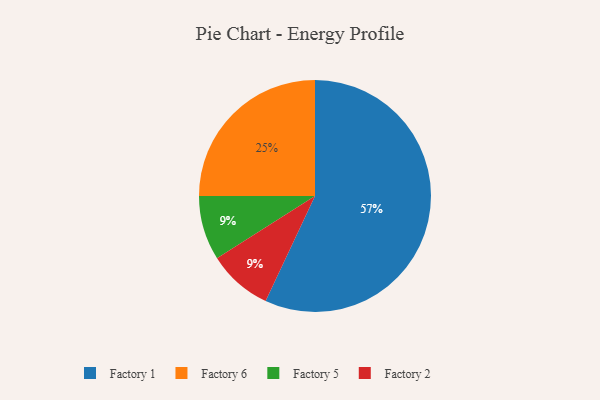
{"axis": {"x": "Category", "y": "Percentage"}, "legend": ["Factory 1", "Factory 2", "Factory 5", "Factory 6"], "data": [{"x": "Factory 5", "y": 9, "type": "Factory 5"}, {"x": "Factory 1", "y": 57, "type": "Factory 1"}, {"x": "Factory 2", "y": 9, "type": "Factory 2"}, {"x": "Factory 6", "y": 25, "type": "Factory 6"}]}